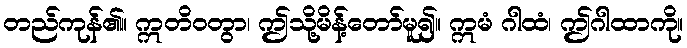
တည်ကုန်၏။ ဣတိဝတွာ၊ ဤသို့မိန့်တော်မူ၍။ ဣမံ ဂါထံ၊ ဤဂါထာကို။